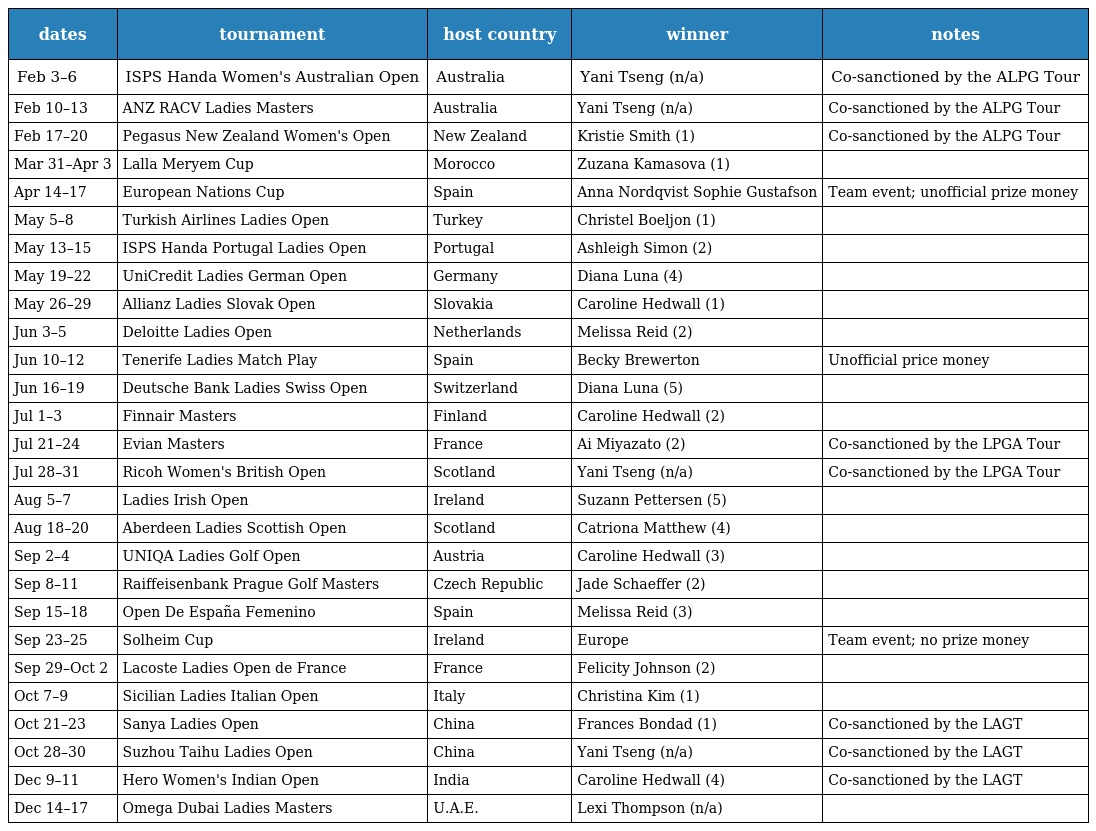
| dates | tournament | host country | winner | notes |
 | --- | --- | --- | --- | --- |
 | Feb 3–6 | ISPS Handa Women's Australian Open | Australia | Yani Tseng (n/a) | Co-sanctioned by the ALPG Tour |
 | Feb 10–13 | ANZ RACV Ladies Masters | Australia | Yani Tseng (n/a) | Co-sanctioned by the ALPG Tour |
 | Feb 17–20 | Pegasus New Zealand Women's Open | New Zealand | Kristie Smith (1) | Co-sanctioned by the ALPG Tour |
 | Mar 31–Apr 3 | Lalla Meryem Cup | Morocco | Zuzana Kamasova (1) |  |
 | Apr 14–17 | European Nations Cup | Spain | Anna Nordqvist Sophie Gustafson | Team event; unofficial prize money |
 | May 5–8 | Turkish Airlines Ladies Open | Turkey | Christel Boeljon (1) |  |
 | May 13–15 | ISPS Handa Portugal Ladies Open | Portugal | Ashleigh Simon (2) |  |
 | May 19–22 | UniCredit Ladies German Open | Germany | Diana Luna (4) |  |
 | May 26–29 | Allianz Ladies Slovak Open | Slovakia | Caroline Hedwall (1) |  |
 | Jun 3–5 | Deloitte Ladies Open | Netherlands | Melissa Reid (2) |  |
 | Jun 10–12 | Tenerife Ladies Match Play | Spain | Becky Brewerton | Unofficial price money |
 | Jun 16–19 | Deutsche Bank Ladies Swiss Open | Switzerland | Diana Luna (5) |  |
 | Jul 1–3 | Finnair Masters | Finland | Caroline Hedwall (2) |  |
 | Jul 21–24 | Evian Masters | France | Ai Miyazato (2) | Co-sanctioned by the LPGA Tour |
 | Jul 28–31 | Ricoh Women's British Open | Scotland | Yani Tseng (n/a) | Co-sanctioned by the LPGA Tour |
 | Aug 5–7 | Ladies Irish Open | Ireland | Suzann Pettersen (5) |  |
 | Aug 18–20 | Aberdeen Ladies Scottish Open | Scotland | Catriona Matthew (4) |  |
 | Sep 2–4 | UNIQA Ladies Golf Open | Austria | Caroline Hedwall (3) |  |
 | Sep 8–11 | Raiffeisenbank Prague Golf Masters | Czech Republic | Jade Schaeffer (2) |  |
 | Sep 15–18 | Open De España Femenino | Spain | Melissa Reid (3) |  |
 | Sep 23–25 | Solheim Cup | Ireland | Europe | Team event; no prize money |
 | Sep 29–Oct 2 | Lacoste Ladies Open de France | France | Felicity Johnson (2) |  |
 | Oct 7–9 | Sicilian Ladies Italian Open | Italy | Christina Kim (1) |  |
 | Oct 21–23 | Sanya Ladies Open | China | Frances Bondad (1) | Co-sanctioned by the LAGT |
 | Oct 28–30 | Suzhou Taihu Ladies Open | China | Yani Tseng (n/a) | Co-sanctioned by the LAGT |
 | Dec 9–11 | Hero Women's Indian Open | India | Caroline Hedwall (4) | Co-sanctioned by the LAGT |
 | Dec 14–17 | Omega Dubai Ladies Masters | U.A.E. | Lexi Thompson (n/a) |  |